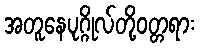
အတူနေပုဂ္ဂိုလ်တို့ဝတ္တရား